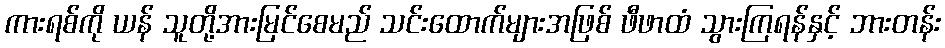
ကားရစ်ကို ယန် သူတို့အားမြင်စေမည် သင်းထောက်များအဖြစ် ဖီဖာထံ သွားကြရန်နှင့် ဘားတန်း